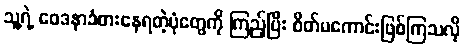
သူ့ရဲ့ ဝေဒနာခံစားနေရတဲ့ပုံတွေကို ကြည့်ပြီး စိတ်မကောင်းဖြစ်ကြသလို